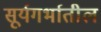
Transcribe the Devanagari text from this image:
सूर्यगर्भातील